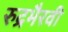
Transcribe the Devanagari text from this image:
रुद्रभैरवी